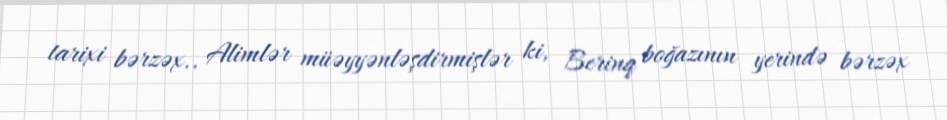
tarixi bərzəx.. Alimlər müəyyənləşdirmişlər ki, Berinq boğazının yerində bərzəx